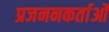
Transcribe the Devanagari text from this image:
प्रजननकर्ताओं